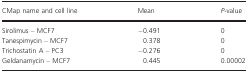
| CMap name and cell line | Mean | P‐value |
 | --- | --- | --- |
 | Sirolimus – MCF7 | −0.491 | 0 |
 | Tanespimycin – MCF7 | 0.378 | 0 |
 | Trichostatin A – PC3 | −0.276 | 0 |
 | Geldanamycin – MCF7 | 0.445 | 0.00002 |